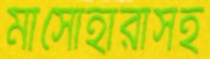
মাসোহারাসহ